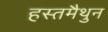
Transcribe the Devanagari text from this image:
हस्‍तमैथुन